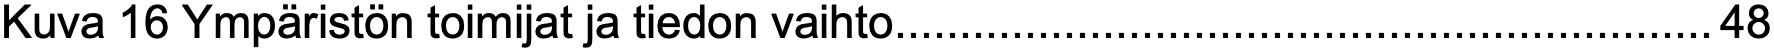
Kuva 16 Ympäristön toimijat ja tiedon vaihto...............................................................48